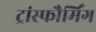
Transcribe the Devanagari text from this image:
ट्रांस्फौर्मिंग